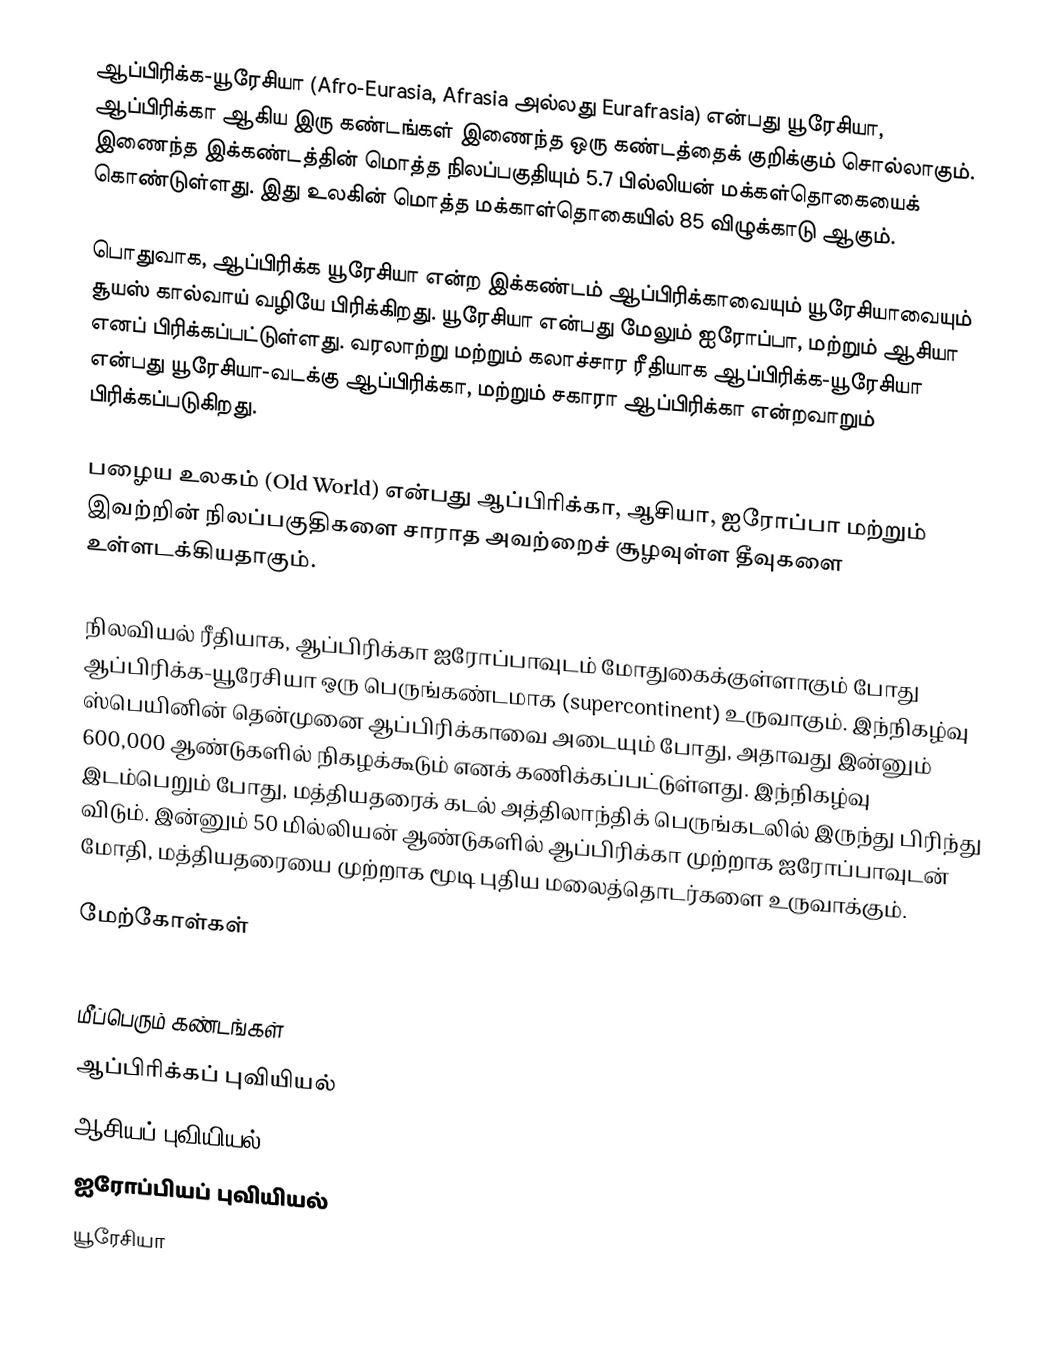
ஆப்பிரிக்க-யூரேசியா (Afro-Eurasia, Afrasia அல்லது Eurafrasia) என்பது யூரேசியா, ஆப்பிரிக்கா ஆகிய இரு கண்டங்கள் இணைந்த ஒரு கண்டத்தைக் குறிக்கும் சொல்லாகும். இணைந்த இக்கண்டத்தின் மொத்த நிலப்பகுதியும் 5.7 பில்லியன் மக்கள்தொகையைக் கொண்டுள்ளது. இது உலகின் மொத்த மக்காள்தொகையில் 85 விழுக்காடு ஆகும்.

பொதுவாக, ஆப்பிரிக்க யூரேசியா என்ற இக்கண்டம் ஆப்பிரிக்காவையும் யூரேசியாவையும் சூயஸ் கால்வாய் வழியே பிரிக்கிறது. யூரேசியா என்பது மேலும் ஐரோப்பா, மற்றும் ஆசியா எனப் பிரிக்கப்பட்டுள்ளது. வரலாற்று மற்றும் கலாச்சார ரீதியாக ஆப்பிரிக்க-யூரேசியா என்பது யூரேசியா-வடக்கு ஆப்பிரிக்கா, மற்றும் சகாரா ஆப்பிரிக்கா என்றவாறும் பிரிக்கப்படுகிறது.

பழைய உலகம் (Old World) என்பது ஆப்பிரிக்கா, ஆசியா, ஐரோப்பா மற்றும் இவற்றின் நிலப்பகுதிகளை சாராத அவற்றைச் சூழவுள்ள தீவுகளை உள்ளடக்கியதாகும்.

நிலவியல் ரீதியாக, ஆப்பிரிக்கா ஐரோப்பாவுடம் மோதுகைக்குள்ளாகும் போது ஆப்பிரிக்க-யூரேசியா ஒரு பெருங்கண்டமாக (supercontinent) உருவாகும். இந்நிகழ்வு ஸ்பெயினின் தென்முனை ஆப்பிரிக்காவை அடையும் போது, அதாவது இன்னும் 600,000 ஆண்டுகளில் நிகழக்கூடும் எனக் கணிக்கப்பட்டுள்ளது. இந்நிகழ்வு இடம்பெறும் போது, மத்தியதரைக் கடல் அத்திலாந்திக் பெருங்கடலில் இருந்து பிரிந்து விடும். இன்னும் 50 மில்லியன் ஆண்டுகளில் ஆப்பிரிக்கா முற்றாக ஐரோப்பாவுடன் மோதி, மத்தியதரையை முற்றாக மூடி புதிய மலைத்தொடர்களை உருவாக்கும்.

மேற்கோள்கள்

மீப்பெரும் கண்டங்கள்
ஆப்பிரிக்கப் புவியியல்
ஆசியப் புவியியல்
ஐரோப்பியப் புவியியல்
யூரேசியா